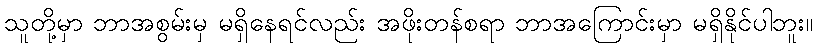
သူတို့မှာ ဘာအစွမ်းမှ မရှိနေရင်လည်း အဖိုးတန်စရာ ဘာအကြောင်းမှာ မရှိနိုင်ပါဘူး။